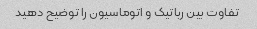
تفاوت بین رباتیک و اتوماسیون را توضیح دهید